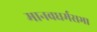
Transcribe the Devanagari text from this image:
मानवधर्मसभा